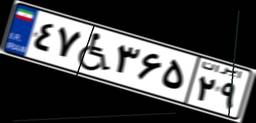
۴۷W۳۶۵۲۹